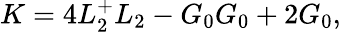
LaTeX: K=4L_{2}^{+}L_{2}-G_{0}G_{0}+2G_{0},